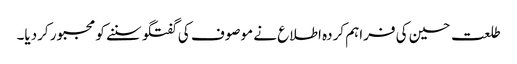
طلعت حسین کی فراہم کردہ اطلاع نے موصوف کی گفتگو سننے کو مجبور کردیا۔